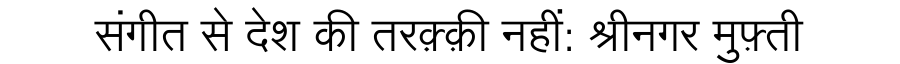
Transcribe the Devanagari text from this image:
संगीत से देश की तरक़्क़ी नहीं: श्रीनगर मुफ़्ती